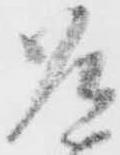
道